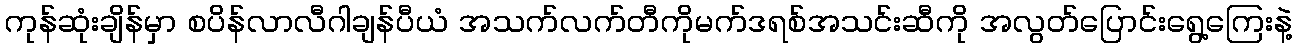
ကုန်ဆုံးချိန်မှာ စပိန်လာလီဂါချန်ပီယံ အသက်လက်တီကိုမက်ဒရစ်အသင်းဆီကို အလွတ်ပြောင်းရွေ့ကြေးနဲ့